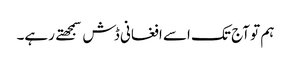
ہم تو آج تک اسے افغانی ڈش سمجهتے رہے۔